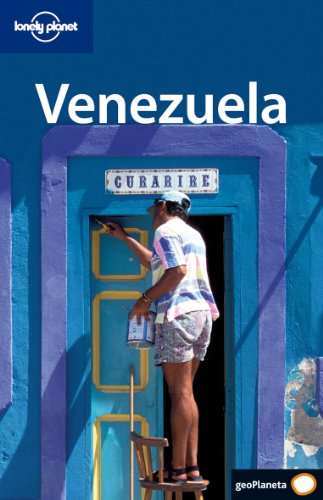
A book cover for Venezuela (Lonely Planet Spanish Guides) (Spanish Edition); Lonely Planet; Travel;